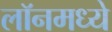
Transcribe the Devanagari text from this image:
लॉनमध्ये